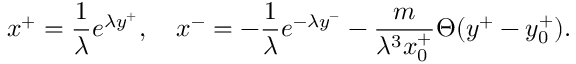
x ^ { + } = \frac { 1 } { \lambda } e ^ { \lambda y ^ { + } } , ~ ~ ~ x ^ { - } = - \frac { 1 } { \lambda } e ^ { - \lambda y ^ { - } } - \frac { m } { \lambda ^ { 3 } x _ { 0 } ^ { + } } \Theta ( y ^ { + } - y _ { 0 } ^ { + } ) .